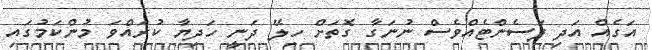
އަގެއް އަދި ޕަސެންޓެއްވެސް ނުނަގާ ގޮތަށް ހިލޭ ދަނީ ހަދިޔާ ކުރައްވަ މުންކަމުގައި